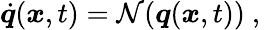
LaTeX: \dot{\boldsymbol{q}}(\boldsymbol{x},t)=\mathcal{N}(\boldsymbol{q}(\boldsymbol{x},t))\mathrm{~,~}